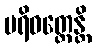
ပရိဝတ္တေန္တိ